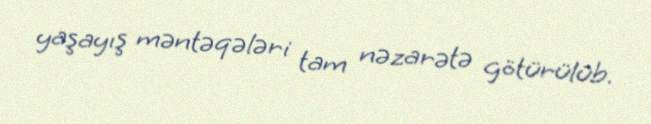
yaşayış məntəqələri tam nəzarətə götürülüb.